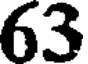
63